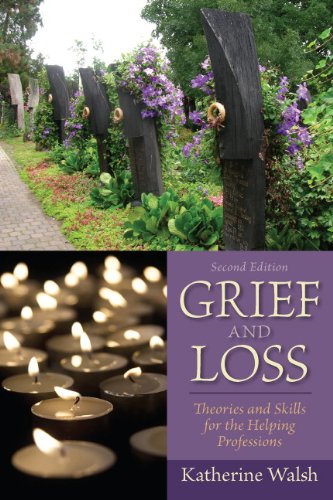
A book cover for Grief and Loss: Theories and Skills for the Helping Professions (2nd Edition); Katherine Walsh; Politics & Social Sciences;